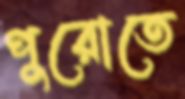
পুরোতে